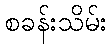
စခန်းသိမ်း